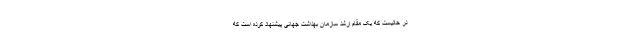
در حالیست که یک مقام ارشد سازمان بهداشت جهانی پیشنهاد کرده است که